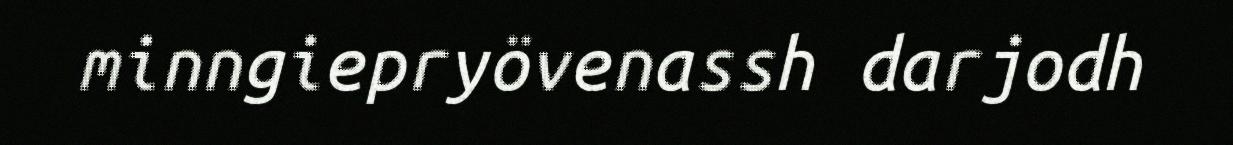
minngiepryövenassh darjodh